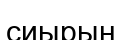
сиырың